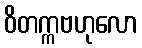
ဝိတက္ကဗဟုလော